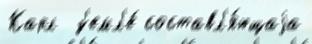
Карл  з'емл'е́ составл'я́ющаjа